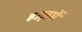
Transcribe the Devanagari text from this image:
हाज़में